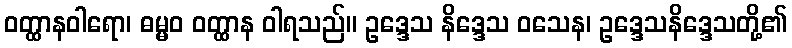
ဝတ္ထာနဝါရော၊ ဓမ္မဝ ဝတ္ထာန ဝါရသည်။ ဥဒ္ဒေသ နိဒ္ဒေသ ဝသေန၊ ဥဒ္ဒေသနိဒ္ဒေသတို့၏